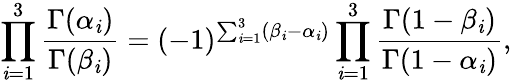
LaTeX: \prod_{\mathit{i}=1}^{3}\frac{{\Gamma(\alpha_{\mathit{i}})}}{{\Gamma(\beta_{\mathit{i}})}}=(-1)^{\sum_{\mathit{i}=1}^{3}(\beta_{\mathit{i}}-\alpha_{\mathit{i}})}\prod_{\mathit{i}=1}^{3}\frac{{\Gamma(1-\beta_{\mathit{i}})}}{{\Gamma(1-\alpha_{\mathit{i}})}},